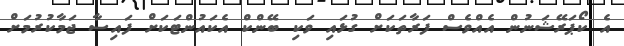
އެ ކޯޕަރޭޝަނުން އެއްވެސް ފަރާތަކަށް ގުޅައި ވަކި ބޭންކް އެކައުންޓަކަށް ފައިސާ ޖަމާކުރުމަށް